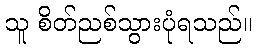
သူ စိတ်ညစ်သွားပုံရသည်။